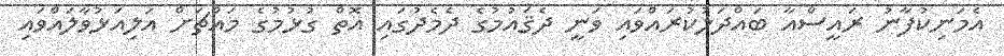
އެމަނިކުފާނު ރައީސްއާ ބައްދަލުކުރައްވައި ވަނީ ދެޤައުމުގެ ދެމެދުގައި އޮތް ގުޅުމުގެ މައްޗަށް އަލިއަޅުވާލައްވައި